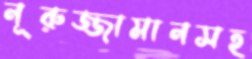
নূরুজ্জামানসহ